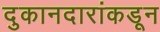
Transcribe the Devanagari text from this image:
दुकानदारांकडून